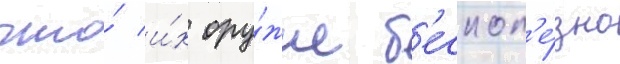
что́ и́х ору́жие б'еспол'е́зно